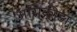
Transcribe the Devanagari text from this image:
असिक्रीड़ा